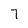
Character: 7